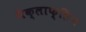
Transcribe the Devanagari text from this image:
मैक्लाफ्लिन